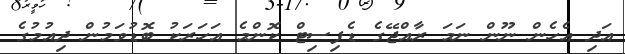
އަދި އެހެން ނޫން ނަމަ ރާއްޖޭގެ ޑެފިސިޓް ކޮންމެ އަހަރަކު ބޮޑުވަމުން ދިއުމުގެ